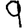
Digit: 9